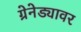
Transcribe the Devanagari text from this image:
ग्रेनेड्यावर